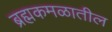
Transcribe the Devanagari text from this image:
ब्रह्मकमळातील